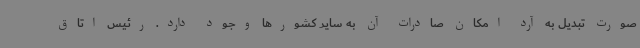
صورت تبدیل به آرد امکان صادرات آن به سایر کشورها وجود دارد. رئیس اتاق